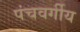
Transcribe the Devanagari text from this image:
पंचवर्गीय